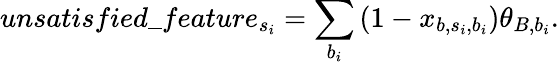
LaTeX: unsatisfied\_ feature_{s_{i}}=\sum_{b_{i}}\left(1-x_{b,s_{i},b_{i}}\right)\theta_{B,b_{i}}.